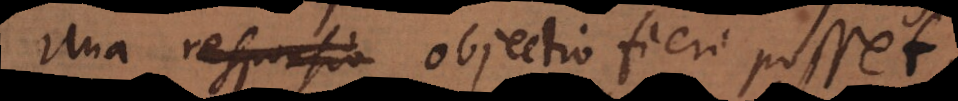
Una responsio objectio fieri posset,